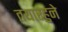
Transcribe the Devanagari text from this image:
तयारहुने